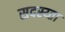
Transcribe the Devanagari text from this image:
सदस्य्ता